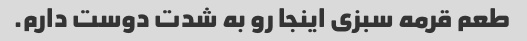
طعم قرمه سبزی اینجا رو به شدت دوست دارم.